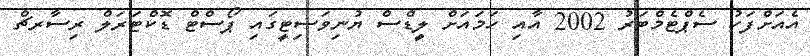
އެއަށްފަހު ސެޕްޓެމްބަރު 2002 އާއި ހަމައަށް ލީޑްސް ޔުނިވަސިޓީގައި ޕޯސްޓް ޑޮކްޓަރަލް ރިސާރޗް